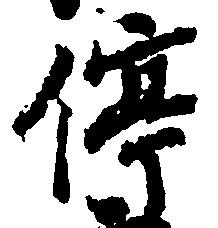
停